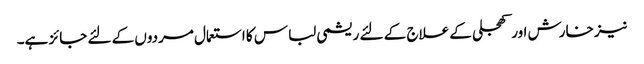
نیز خارش اور کھجلی کے علاج کے لئے ریشمی لباس کا استعمال مردوں کے لئے جائز ہے۔